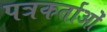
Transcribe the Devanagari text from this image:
पत्रकर्ताओं